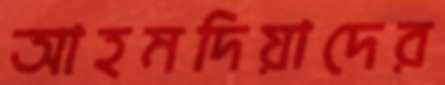
আহমদিয়াদের